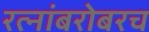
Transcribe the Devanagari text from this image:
रत्‍नांबरोबरच